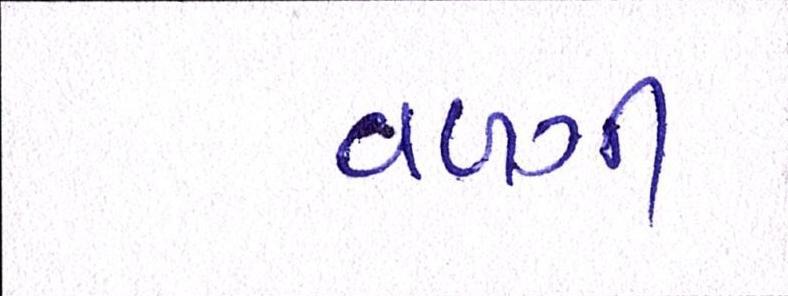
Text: વળગી